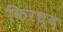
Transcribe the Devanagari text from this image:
किरध्द